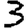
Digit: 3